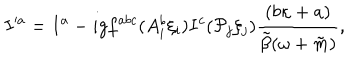
I ^ { \prime a } = I ^ { a } - i g f ^ { a b c } ( A _ { i } ^ { b } \xi _ { i } ) I ^ { c } ( { \cal P } _ { j } \xi _ { j } ) \frac { ( b \kappa + a ) } { \tilde { \beta } ( \omega + \tilde { m } ) } ,